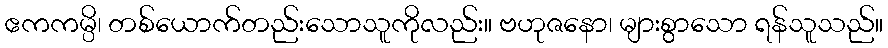
ဧကကမ္ပိ၊ တစ်ယောက်တည်းသောသူကိုလည်း။ ဗဟုဇနော၊ များစွာသော ရန်သူသည်။